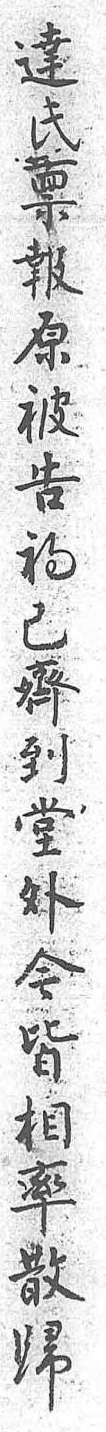
達氏禀報原被告初已齊到堂外今皆相率散歸